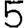
Digit: 5